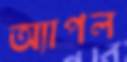
অ্যাপল